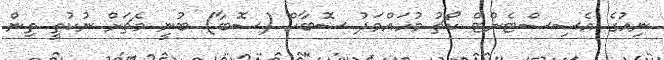
ނިއުގެ އެސިސްޓެންޓް ކޯޗު މުހައްމަދު ސޮބާހް (ސޮބާ) ބުނީ މެޗަށް ނުކުތީ ތިން